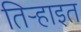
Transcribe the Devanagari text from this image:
तिर्‍हाइत